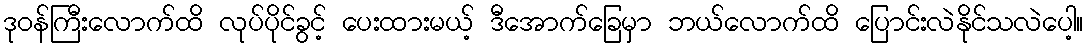
ဒုဝန်ကြီးလောက်ထိ လုပ်ပိုင်ခွင့် ပေးထားမယ့် ဒီအောက်ခြေမှာ ဘယ်လောက်ထိ ပြောင်းလဲနိုင်သလဲပေါ့။